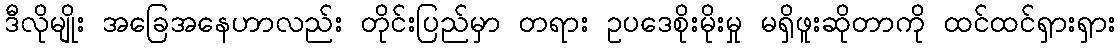
ဒီလိုမျိုး အခြေအနေဟာလည်း တိုင်းပြည်မှာ တရား ဥပဒေစိုးမိုးမှု မရှိဖူးဆိုတာကို ထင်ထင်ရှားရှား